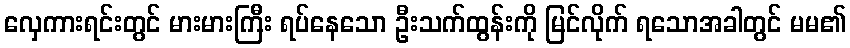
လှေကားရင်းတွင် မားမားကြီး ရပ်နေသော ဦးသက်ထွန်းကို မြင်လိုက် ရသောအခါတွင် မမ၏